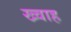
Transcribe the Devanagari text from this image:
ख्वाह